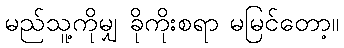
မည်သူ့ကိုမျှ ခိုကိုးစရာ မမြင်တော့။